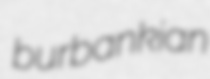
burbankian